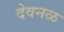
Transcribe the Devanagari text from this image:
देवनळ